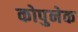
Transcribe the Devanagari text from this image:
कोपुनेक